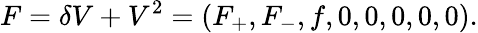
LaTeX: F=\delta V+V^{2}=\left(F_{+},F_{-},f,0,0,0,0,0\right).